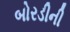
બોરડીની